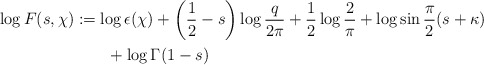
\begin{align*} \begin{aligned}\log{F(s,\chi)}&:= \log{\epsilon(\chi)} + \left( \frac{1}{2} - s \right) \log{\frac{q}{2\pi}} + \frac{1}{2} \log{\frac{2}{\pi}}+ \log{\sin{\frac{\pi}{2}(s+\kappa)}} \\&\quad\quad+ \log{\Gamma(1-s)}\end{aligned}\end{align*}